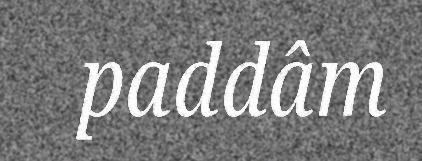
paddâm